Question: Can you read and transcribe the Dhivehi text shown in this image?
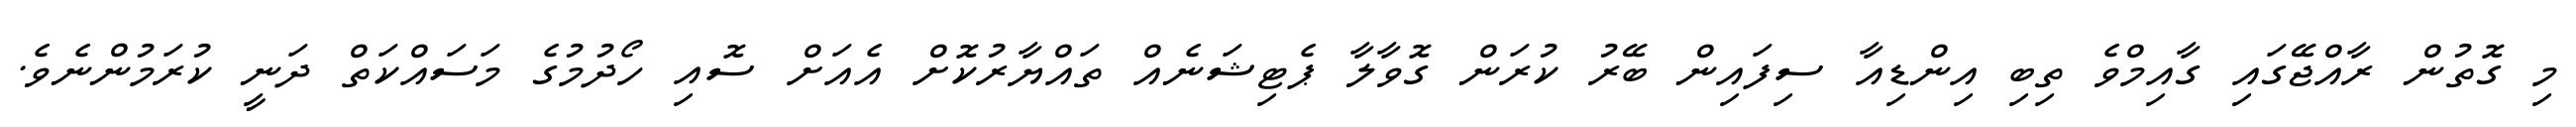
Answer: މި ގޮތުން ރާއްޖޭގައި ގާއިމްވެ ތިބި އިންޑިއާ ސިފައިން ބޭރު ކުރަން ގޮވާލާ ޕެޓިޝަނެއް ތައްޔާރުކޮށް އެއަށް ސޮއި ހޯދުމުގެ މަސައްކަތް ދަނީ ކުރަމުންނެވެ.